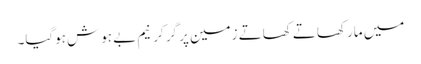
میں مار کھاتے کھاتے زمین پر گر کر نیم بے ہوش ہوگیا۔